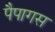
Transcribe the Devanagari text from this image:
पैपागस